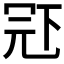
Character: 𠖈